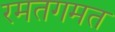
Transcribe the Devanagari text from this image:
रमतगमत